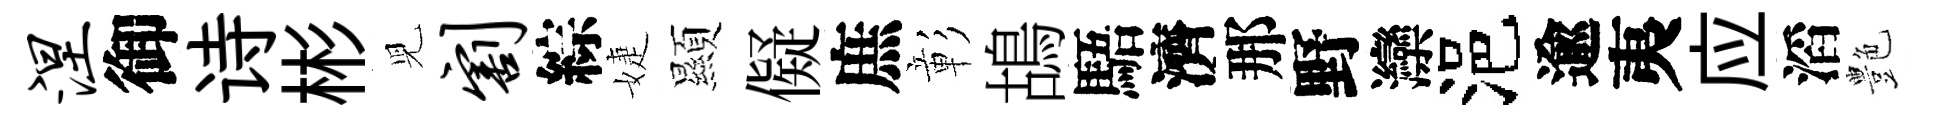
涅御诗彬児割綜婕顯儗庶彰鴣䮏濟那野灤浥逾夷应滔艶